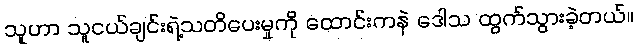
သူဟာ သူငယ်ချင်းရဲ့သတိပေးမှုကို ထောင်းကနဲ ဒေါသ ထွက်သွားခဲ့တယ်။